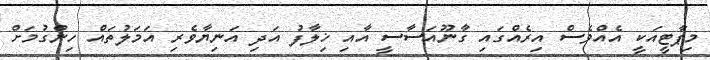
މިޕާޓީއަކީ އެއްވެސް އިރެއްގައި ގާނޫއަސާސީ އާއި ޚިލާފު އަދި އަނިޔާވެރި އަމަލުތައް ހިންގުމަށް